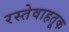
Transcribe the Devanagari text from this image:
रस्तेवाहतूक